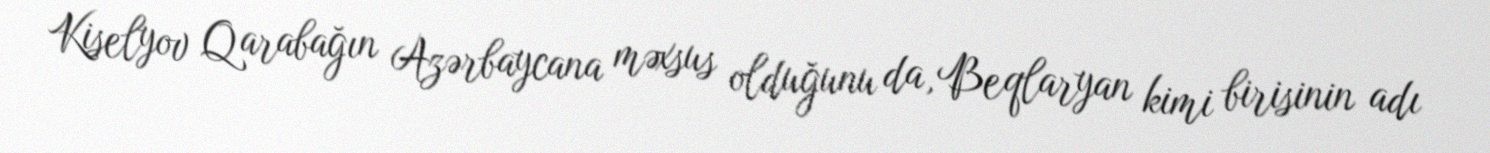
Kiselyov Qarabağın Azərbaycana məxsus olduğunu da, Beqlaryan kimi birisinin adı